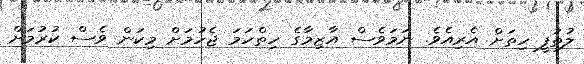
ލުތުފީ ހިތަށް އެރިއެވެ. ނަމަވެސް އާޒިމާގެ ހިތްހަމަ ޖެހުމަށް މިކަން ވެސް ކުރުމަށް